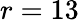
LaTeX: r=13